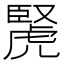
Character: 𧇜